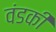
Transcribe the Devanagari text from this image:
वंडकी